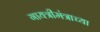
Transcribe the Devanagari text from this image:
गायत्रीमंत्राच्या